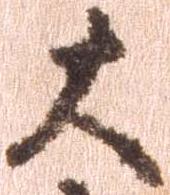
大